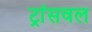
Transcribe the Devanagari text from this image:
ट्रांसवल